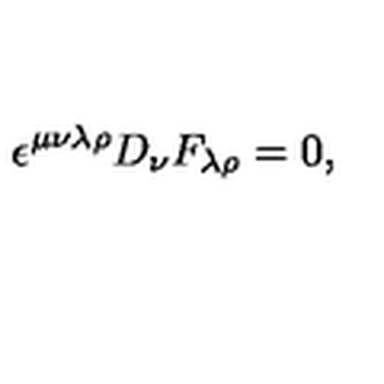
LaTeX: \epsilon ^ { \mu \nu \lambda \rho } D _ { \nu } F _ { \lambda \rho } = 0 ,